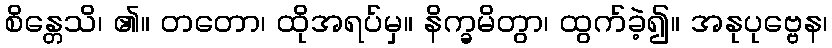
စိန္တေသိ၊ ၏။ တတော၊ ထိုအရပ်မှ။ နိက္ခမိတွာ၊ ထွက်ခဲ့၍။ အနုပုဗ္ဗေန၊